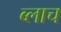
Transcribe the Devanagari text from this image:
ब्लाच